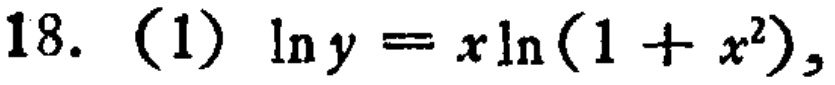
18. (1) $\ln y = x\ln(1 + x^{2})$